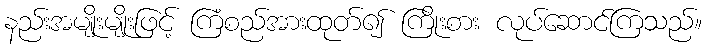
နည်းအမျိုးမျိုးဖြင့် ကြံစည်အားထုတ်၍ ကြိုးစား လုပ်ဆောင်ကြသည်။